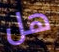
هل